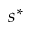
s ^ { * }